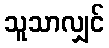
သူသာလျှင်